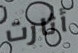
أثارت